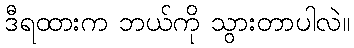
ဒီရထားက ဘယ်ကို သွားတာပါလဲ။